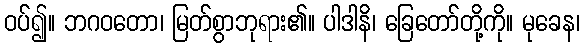
ဝပ်၍။ ဘဂဝတော၊ မြတ်စွာဘုရား၏။ ပါဒါနိ၊ ခြေတော်တို့ကို။ မုခေန၊